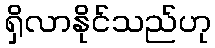
ရှိလာနိုင်သည်ဟု